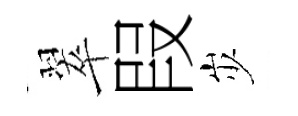
翠叚𡵯